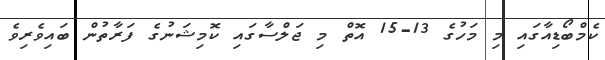
ކެމްބޯޑިއާގައި މި މަހުގެ 13-15 އޮތް މި ޖަލްސާގައި ކޮމިޝަނުގެ ފަރާތުން ބައިވެރިވެ